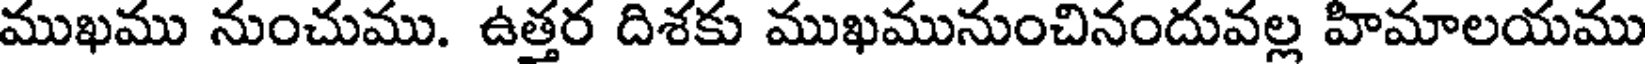
ముఖము నుంచుము. ఉత్తర దిశకు ముఖమునుంచినందువల్ల హిమాలయము